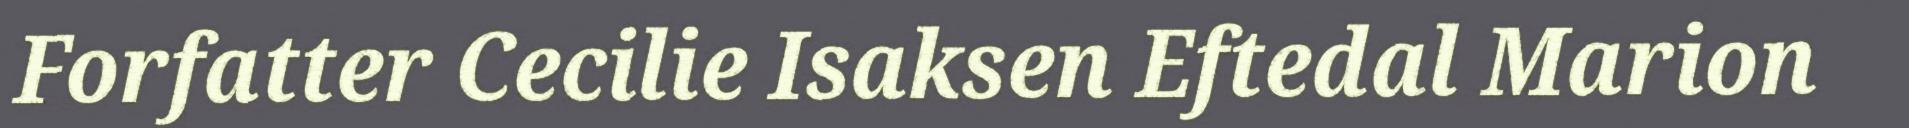
Forfatter Cecilie Isaksen Eftedal Marion